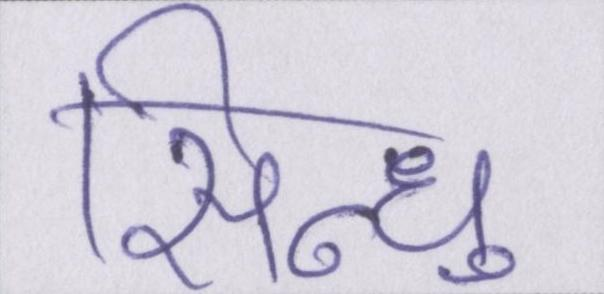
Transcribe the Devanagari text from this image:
सिन्धु